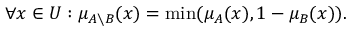
\forall x \in { U } : \mu _ { A \setminus { B } } ( x ) = \operatorname* { m i n } ( \mu _ { A } ( x ) , 1 - \mu _ { B } ( x ) ) .